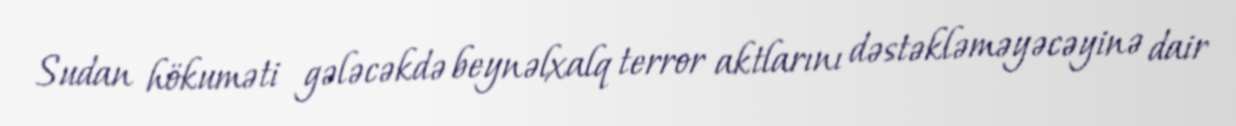
Sudan hökuməti gələcəkdə beynəlxalq terror aktlarını dəstəkləməyəcəyinə dair